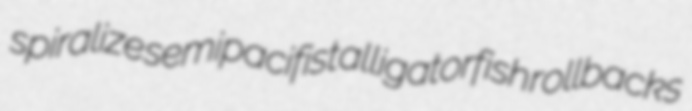
spiralize semipacifist alligatorfish rollbacks